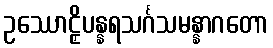
ဥဿောဠှိပန္နရသင်္ဂသမန္နာဂတော